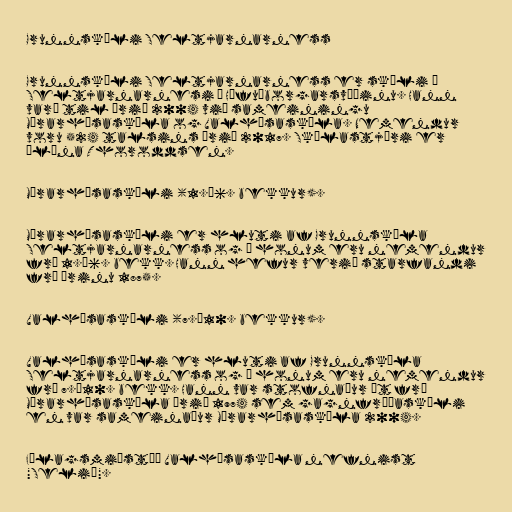
Grunnskóli Seltjarnarness

Grunnskóli Seltjarnarness er skóli á
Seltjarnarnesi á Höfuðborgarsvæðinu. Hann
varð til árið 2004 við sameiningu
Mýrarhúsaskóla og Valhúsaskóla. Nemendur
voru 524 talsins árið 2017. Skólastjóri er
Ólína Thoroddsen.

Mýrarhúsaskóli (1.–6. bekkur).

Mýrarhúsaskóli er hluti af Grunnskóla
Seltjarnarness og í honum eru nemendur
frá 1.–6. bekk. Hann hefur verið starfandi
frá árinu 1875.

Valhúsaskóli (7.–10. bekkur).

Valhúsaskóli er hluti af Grunnskóla
Seltjarnarness og í honum eru nemendur
frá 7.–10. bekk. Hann var stofnaður út frá
Mýrarhúsaskóla árið 1974 sem gagnfræðaskóli
en var sameinaður Mýrarhúsaskóla 2004.

Félagsmiðstöð Valhúsaskóla nefnist
"Selið".